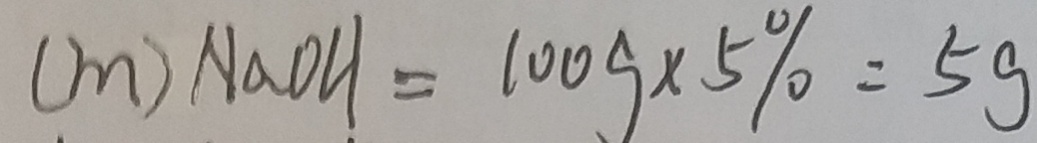
( m ) N a O H = 1 0 0 g \times 5 \% = 5 g